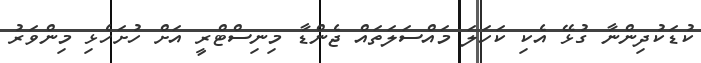
ކުޑަކުދިންނާ ގުޅޭ އެކި ކަހަލަ މައްސަލަތައް ޖެންޑާ މިނިސްޓްރީ އަށް ހުށަހެޅި މިންވަރު